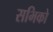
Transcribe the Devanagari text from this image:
सभिको